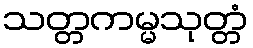
သတ္တကမ္မသုတ္တံ